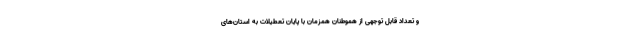
و تعداد قابل توجهی از هموطنان همزمان با پایان تعطیلات به استان‌های